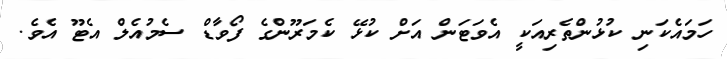
ހަމައެކަނި ކުޅުންތެރިއަކީ އެވަޓަން އަށް ކުޅޭ ކެމަރޫންގެ ފޯވާޑް ސެމުއެލް އެޓޫ އެވެ.